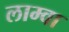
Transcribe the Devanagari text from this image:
लाम्वा